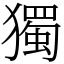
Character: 獨